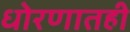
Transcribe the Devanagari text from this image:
धोरणातही